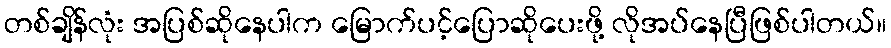
တစ်ချိန်လုံး အပြစ်ဆိုနေပါက မြောက်ပင့်ပြောဆိုပေးဖို့ လိုအပ်နေပြီဖြစ်ပါတယ်။